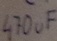
Text: 470µF